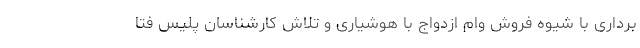
برداری با شیوه فروش وام ازدواج با هوشیاری و تلاش کارشناسان پلیس فتا